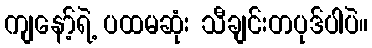
ကျနော့်ရဲ့ ပထမဆုံး သီချင်းတပုဒ်ပါပဲ။